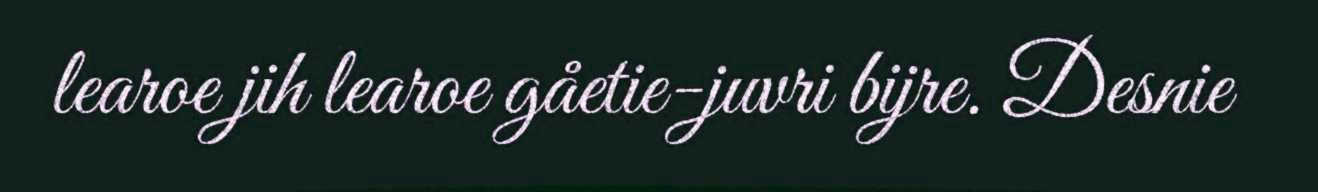
learoe jih learoe gåetie-juvri bijre. Desnie